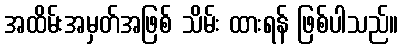
အထိမ်းအမှတ်အဖြစ် သိမ်း ထားရန် ဖြစ်ပါသည်။